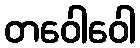
တဝေါဝေါ